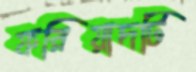
ফরিয়াদটি